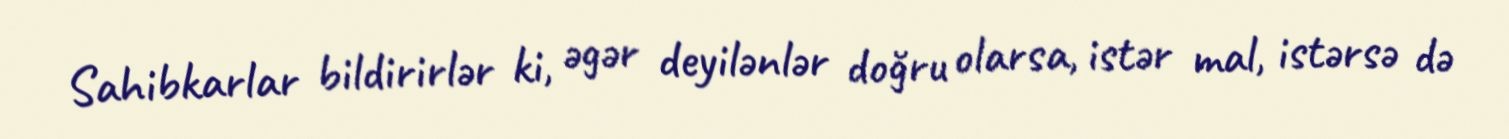
Sahibkarlar bildirirlər ki, əgər deyilənlər doğru olarsa, istər mal, istərsə də